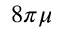
8 \pi \mu